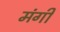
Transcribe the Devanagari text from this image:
मंगी